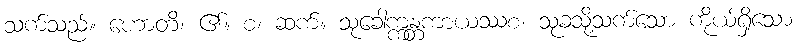
သက်သည်။ ဟောတိ၊ ၏။ စ၊ ဆက်။ သုခေါက္ကန္တကာယဿစ၊ သုခသို့သက်သော ကိုယ်ရှိသော